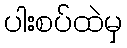
ပါးစပ်ထဲမှ